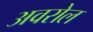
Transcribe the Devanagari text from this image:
अवरोल